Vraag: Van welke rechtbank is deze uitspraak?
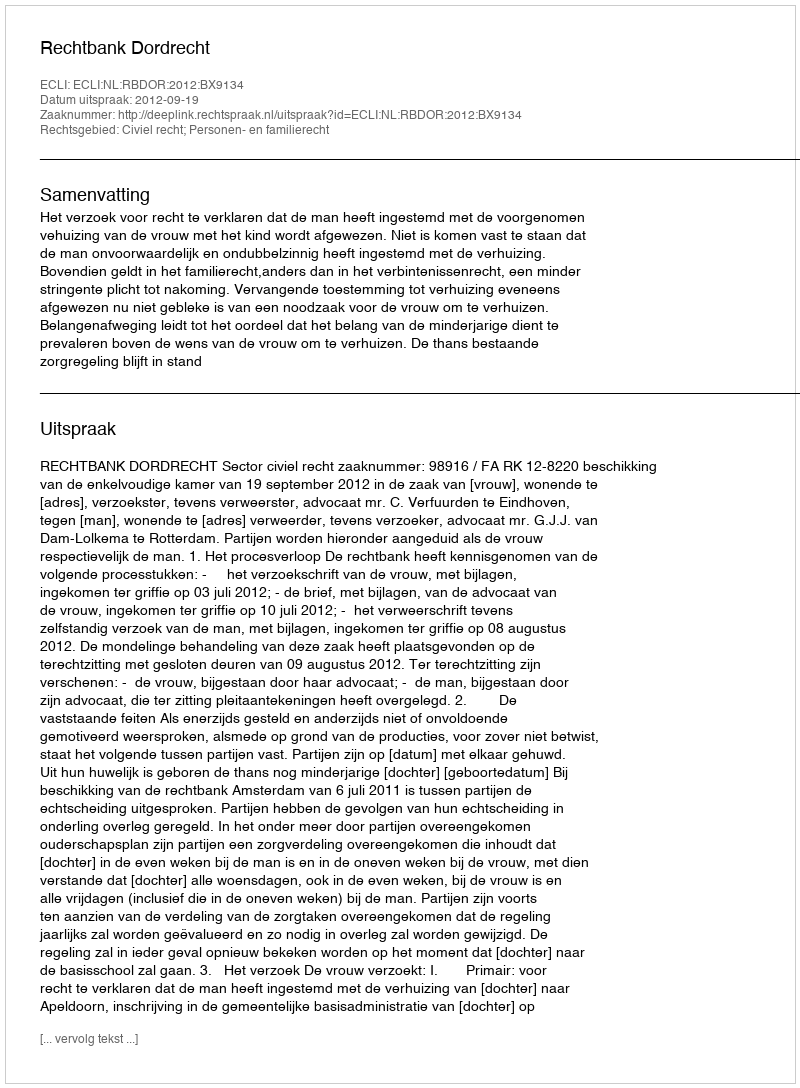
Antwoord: Rechtbank Dordrecht